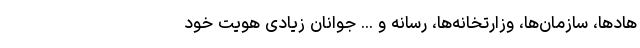
هادها، سازمان‌ها، وزارتخانه‌ها، رسانه و ... جوانان زیادی هویت خود